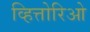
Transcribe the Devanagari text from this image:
व्हित्तोरिओ